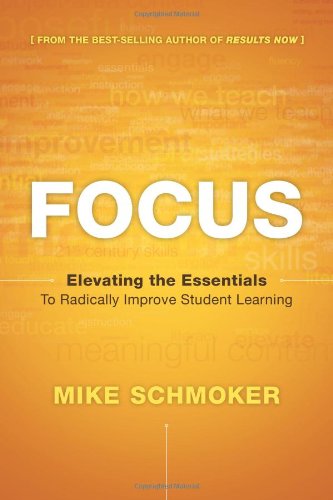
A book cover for Focus: Elevating the Essentials to Radically Improve Student Learning; Mike Schmoker; Education & Teaching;